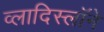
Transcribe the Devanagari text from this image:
व्लादिस्लॉने